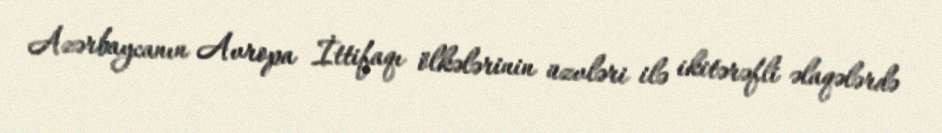
Azərbaycanın Avropa İttifaqı ölkələrinin üzvləri ilə ikitərəfli əlaqələrdə